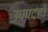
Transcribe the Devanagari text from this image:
उपपदही